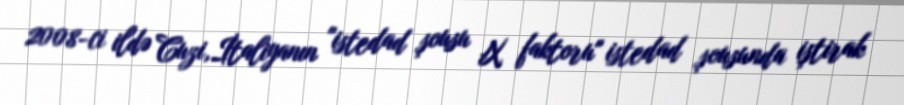
2008-ci ildə Cuzi,İtaliyanın "istedad şousu X faktoru" istedad şousunda iştirak